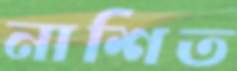
নাশিত